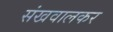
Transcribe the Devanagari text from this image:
संखवालकर